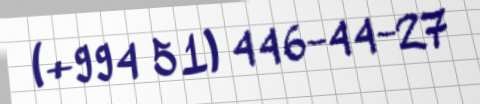
(+994 51) 446-44-27